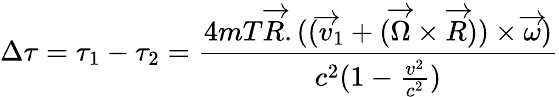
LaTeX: \Delta\tau=\tau_{1}-\tau_{2}=\frac{4mT\overrightarrow{R}.((\overrightarrow{v}_{1}+(\overrightarrow{\Omega}\times\overrightarrow{R}))\times\overrightarrow{\omega})}{c^{2}(1-\frac{v^{2}}{c^{2}})}